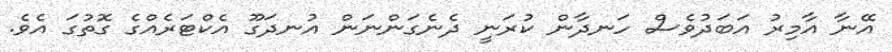
އޭނާ އާމިރު އަބަދުވެސް ހަނދާން ކުރަނީ ދެނެގަންނަން އުނދަގޫ އެކްޓަރެއްގެ ގޮތުގަ އެވެ.